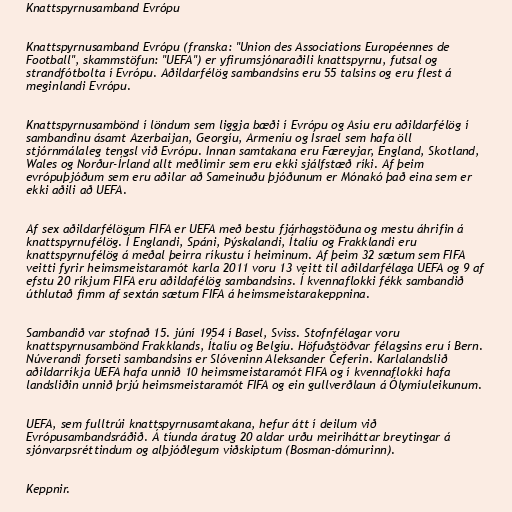
Knattspyrnusamband Evrópu

Knattspyrnusamband Evrópu (franska: "Union des Associations Européennes de
Football", skammstöfun: "UEFA") er yfirumsjónaraðili knattspyrnu, futsal og
strandfótbolta í Evrópu. Aðildarfélög sambandsins eru 55 talsins og eru flest á
meginlandi Evrópu.

Knattspyrnusambönd í löndum sem liggja bæði í Evrópu og Asíu eru aðildarfélög í
sambandinu ásamt Azerbaijan, Georgíu, Armeníu og Ísrael sem hafa öll
stjórnmálaleg tengsl við Evrópu. Innan samtakana eru Færeyjar, England, Skotland,
Wales og Norður-Írland allt meðlimir sem eru ekki sjálfstæð ríki. Af þeim
evrópuþjóðum sem eru aðilar að Sameinuðu þjóðunum er Mónakó það eina sem er
ekki aðili að UEFA.

Af sex aðildarfélögum FIFA er UEFA með bestu fjárhagstöðuna og mestu áhrifin á
knattspyrnufélög. Í Englandi, Spáni, Þýskalandi, Ítalíu og Frakklandi eru
knattspyrnufélög á meðal þeirra ríkustu í heiminum. Af þeim 32 sætum sem FIFA
veitti fyrir heimsmeistaramót karla 2011 voru 13 veitt til aðildarfélaga UEFA og 9 af
efstu 20 ríkjum FIFA eru aðildafélög sambandsins. Í kvennaflokki fékk sambandið
úthlutað fimm af sextán sætum FIFA á heimsmeistarakeppnina.

Sambandið var stofnað 15. júní 1954 í Basel, Sviss. Stofnfélagar voru
knattspyrnusambönd Frakklands, Ítalíu og Belgíu. Höfuðstöðvar félagsins eru í Bern.
Núverandi forseti sambandsins er Slóveninn Aleksander Čeferin. Karlalandslið
aðildarríkja UEFA hafa unnið 10 heimsmeistaramót FIFA og í kvennaflokki hafa
landsliðin unnið þrjú heimsmeistaramót FIFA og ein gullverðlaun á Ólymíuleikunum.

UEFA, sem fulltrúi knattspyrnusamtakana, hefur átt í deilum við
Evrópusambandsráðið. Á tíunda áratug 20 aldar urðu meiriháttar breytingar á
sjónvarpsréttindum og alþjóðlegum viðskiptum (Bosman-dómurinn).

Keppnir.